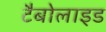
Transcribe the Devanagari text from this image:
टैबोलाइड